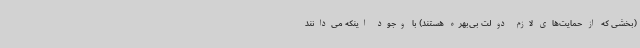
(بخشی که از حمایت‌های لازم دولت بی‌بهره هستند) با وجود اینکه می‌دانند